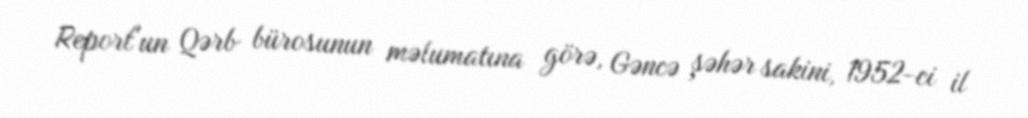
Report"un Qərb bürosunun məlumatına görə, Gəncə şəhər sakini, 1952-ci il